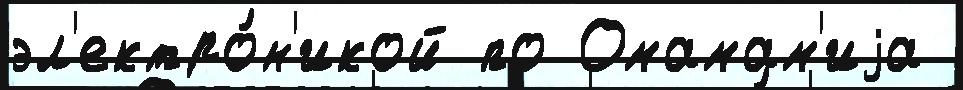
эл'ектро́н'икой по Омамам'иjа